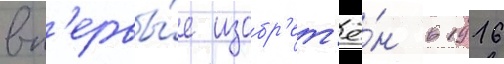
вп'ервы́е изобр'ет'ё́н в 1916